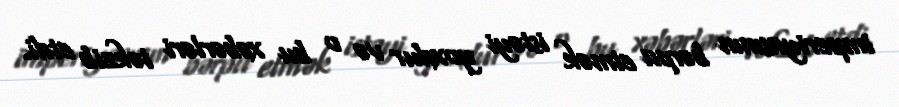
imperiyasının bərpa etmək istəyi yoxdur və o bu xəbərləri təkzib etdi.